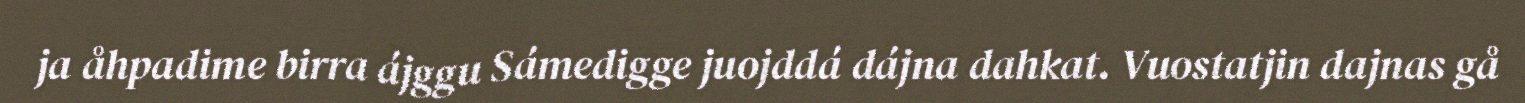
ja åhpadime birra ájggu Sámedigge juojddá dájna dahkat. Vuostatjin dajnas gå